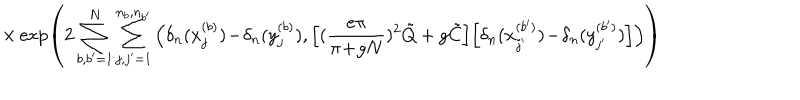
\times \exp \left( 2 \sum _ { b , b ^ { \prime } = 1 } ^ { N } \sum _ { j , j ^ { \prime } = 1 } ^ { n _ { b } , n _ { b ^ { \prime } } } \Big ( \delta _ { n } ( x _ { j } ^ { ( b ) } ) \! - \! \delta _ { n } ( y _ { j } ^ { ( b ) } ) , \Big [ ( \frac { e \pi } { \pi \! + \! g N } ) ^ { 2 } \tilde { Q } + g \tilde { C } \Big ] \Big [ \delta _ { n } ( x _ { j ^ { \prime } } ^ { ( b ^ { \prime } ) } ) \! - \! \delta _ { n } ( y _ { j ^ { \prime } } ^ { ( b ^ { \prime } ) } ) \Big ] \Big ) \right)